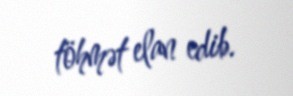
töhmət elan edib.